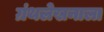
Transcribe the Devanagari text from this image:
ग्रंथलेखनाला